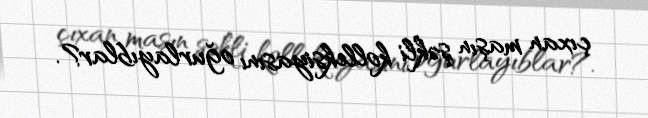
çıxan maşın şəkli kolleksiyasını oğurlayıblar?.